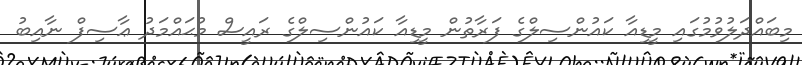
މިބައްދަލުވުމުގައި މީޑިއާ ކައުންސިލްގެ ފަރާތުން މީޑިއާ ކައުންސިލްގެ ރައީސް މުޙައްމަދު ޢާސިފް ނާއިބު